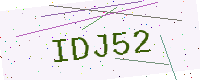
Text: IDJ52